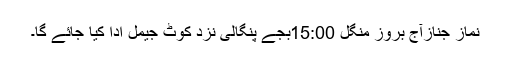
نماز جنازآج بروز منگل 15:00بجے پنگالی نزد کوٹ جیمل ادا کیا جائے گا۔